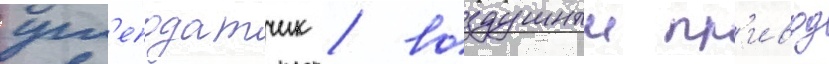
угл'еподатчик / воздушныи пр'ивод